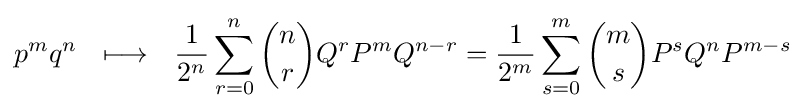
p^{m}q^{n}~~\longmapsto ~~{1 \over 2^{n}}\sum _{r=0}^{n}{n \choose r}Q^{r}P^{m}Q^{n-r}={1 \over 2^{m}}\sum _{s=0}^{m}{m \choose s}P^{s}Q^{n}P^{m-s}